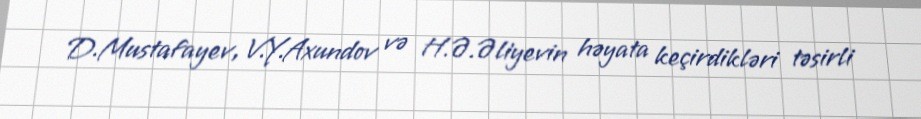
D.Mustafayev, V.Y.Axundov və H.Ə.Əliyevin həyata keçirdikləri təsirli